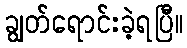
ချွတ်ရောင်းခဲ့ရပြီ။